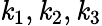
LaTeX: \mathit{k}_{1},\mathit{k}_{2},\mathit{k}_{3}